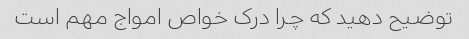
توضیح دهید که چرا درک خواص امواج مهم است